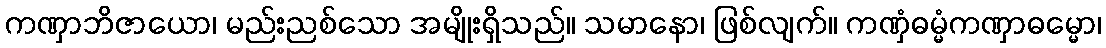
ကဏှာဘိဇာယော၊ မည်းညစ်သော အမျိုးရှိသည်။ သမာနော၊ ဖြစ်လျက်။ ကဏှံဓမ္မံကဏှာဓမ္မော၊